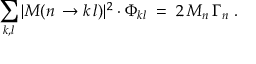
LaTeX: \sum _ { k , l } | { \cal M } ( n \, \to k \, l ) | ^ { 2 } \cdot \Phi _ { k l } \; = \; 2 \, M _ { n } \, \Gamma _ { n } \; .